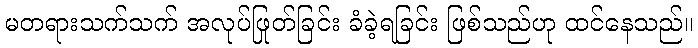
မတရားသက်သက် အလုပ်ဖြုတ်ခြင်း ခံခဲ့ရခြင်း ဖြစ်သည်ဟု ထင်နေသည်။